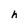
Character: h